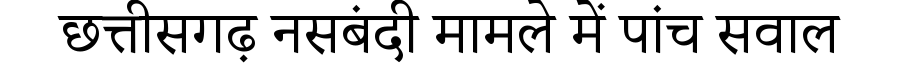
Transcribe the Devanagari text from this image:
छत्तीसगढ़ नसबंदी मामले में पांच सवाल